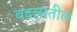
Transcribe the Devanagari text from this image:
बदलातील